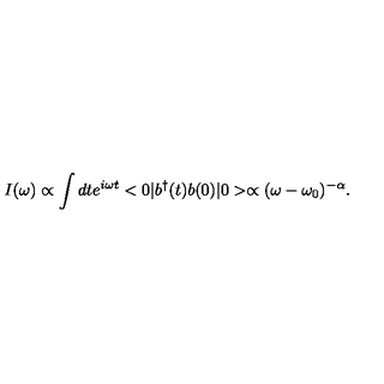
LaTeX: I ( \omega ) \propto \int d t e ^ { i \omega t } < 0 | b ^ { \dagger } ( t ) b ( 0 ) | 0 > \propto ( \omega - \omega _ { 0 } ) ^ { - \alpha } .